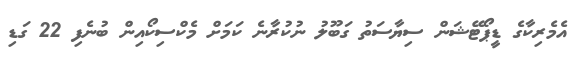
އެމެރިކާގެ ޑީޕޯޓޭޝަން ސިޔާސަތު ގަބޫލު ނުކުރާނެ ކަމަށް މެކްސިކޯއިން ބުނެފި 22 ގަޑި